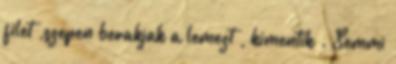
filet ,szepen berakjak a lemezt , kimentik . Semmi